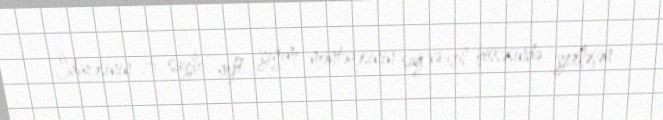
İdarəsinin 3 saylı neft yığım məntəqəsinin sağ və sol hissəsində yerləşən